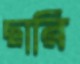
ছারি